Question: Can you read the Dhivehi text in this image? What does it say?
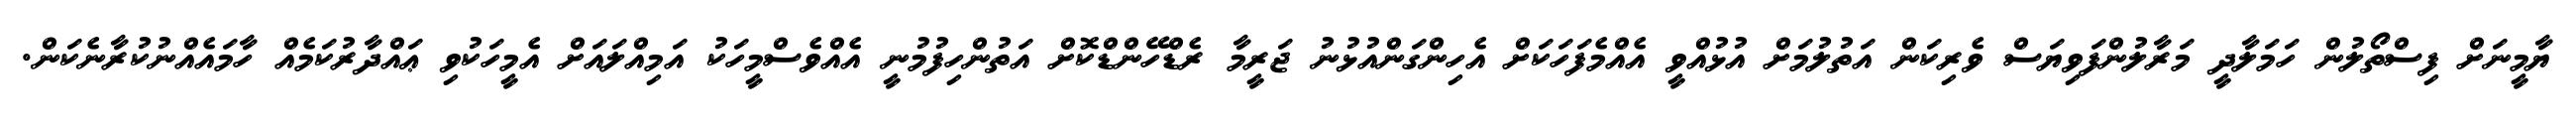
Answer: ޔާމީނަށް ފިސްތޯލުން ހަމަލާދީ މަރާލުންފަވިޔަސް ވެރިކަން އަތުލުމަށް އުޅުއްވީ އެއްމެފަހަކަށް އެހިންގަންއުޅުނު ޖަރީމާ ރެޑްހޭންޑްކޮށް އަތުންހިފުމުނީ އެއްވެސްމީހަކު އަމިއްލައަށް އެމީހަކުވި ޢައްދާރުކަމެއް ހާމައެއްނުކުރާނެކަން.